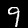
Label: 9